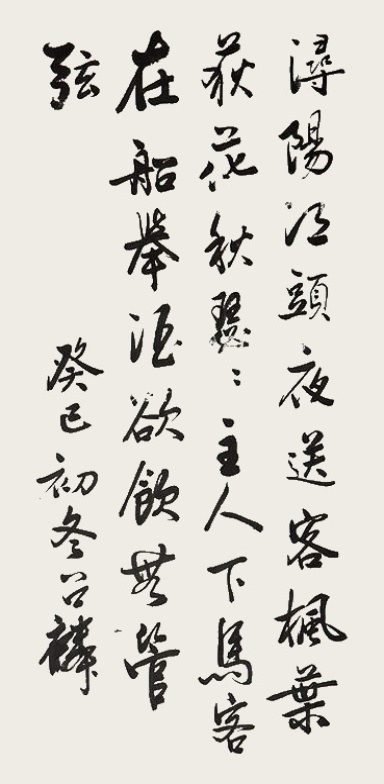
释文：浔阳江头夜送客，枫叶荻花秋瑟瑟。主人下马客在船，举酒欲饮无管弦。癸巳（1953）初冬，召麟。